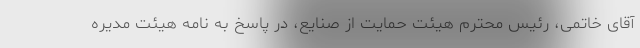
آقای خاتمی، رئیس محترم هیئت حمایت از صنایع، در پاسخ به نامه هیئت مدیره